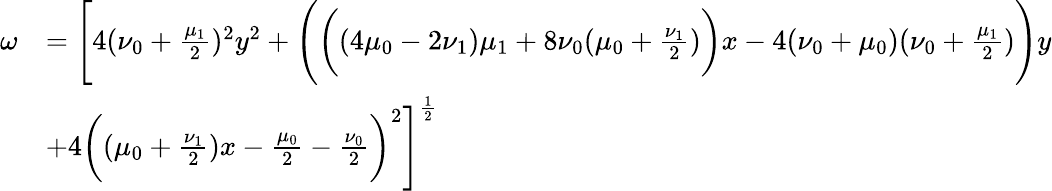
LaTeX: \begin{array}{rl}{\omega}&{=\Bigg[4(\nu_{0}+\frac{\mu_{1}}{2})^{2}y^{2}+\Bigg(\bigg((4\mu_{0}-2\nu_{1})\mu_{1}+8\nu_{0}(\mu_{0}+\frac{\nu_{1}}{2})\bigg)x-4(\nu_{0}+\mu_{0})(\nu_{0}+\frac{\mu_{1}}{2})\Bigg)y}\\ &{+4\bigg((\mu_{0}+\frac{\nu_{1}}{2})x-\frac{\mu_{0}}{2}-\frac{\nu_{0}}{2}\bigg)^{2}\Bigg]^{\frac{1}{2}}}\end{array}